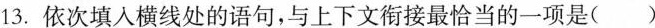
13.依次填入横线处的语句，与上下文衔接最恰当的一项是()